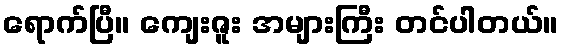
ရောက်ပြီ။ ကျေးဇူး အများကြီး တင်ပါတယ်။